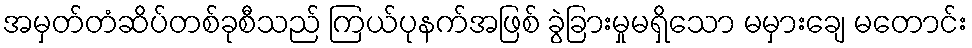
အမှတ်တံဆိပ်တစ်ခုစီသည် ကြယ်ပုနက်အဖြစ် ခွဲခြားမှုမရှိသော မမှားချေ မတောင်း